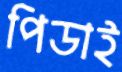
পিডাই